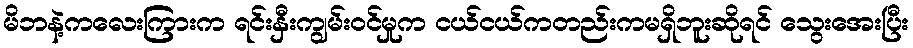
မိဘနဲ့ကလေးကြားက ရင်းနှီးကျွမ်းဝင်မှုက ငယ်ငယ်ကတည်းကမရှိဘူးဆိုရင် သွေးအေးပြီး